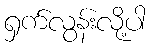
ရှက်လွန်းလို့ပါ